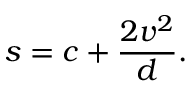
s = c + { \frac { 2 v ^ { 2 } } { d } } .